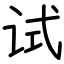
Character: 试